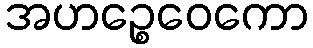
အဟဉ္စေဝေကော